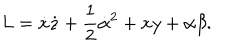
L = \dot { x } \dot { z } + \frac { 1 } { 2 } \dot { \alpha } ^ { 2 } + x y + \alpha \beta .